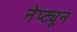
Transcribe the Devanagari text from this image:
नेप्ट्यून